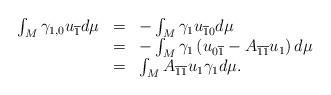
LaTeX: \begin{align*}\begin{array}{ccl}\int_{M}\gamma _{1,0}u_{\overline{1}}d\mu & = & -\int_{M}\gamma _{1}u_{\overline{1}0}d\mu \\& = & -\int_{M}\gamma _{1}\left( u_{0\overline{1}}-A_{\overline{1}\overline{1}}u_{1}\right) d\mu \\& = & \int_{M}A_{\overline{1}\overline{1}}u_{1}\gamma _{1}d\mu .\end{array}\end{align*}